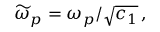
\widetilde { \omega } _ { p } = \omega _ { p } / \sqrt { c _ { 1 } } \, ,